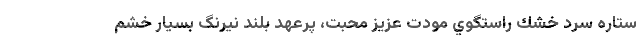
ستاره سردِ خشك راستگوي مودت عزيز محبت، پرعهدِ بلند نيرنگِ بسيار خشمِ